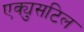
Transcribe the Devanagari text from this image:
एक्युसटिल